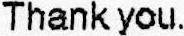
THANK YOU.